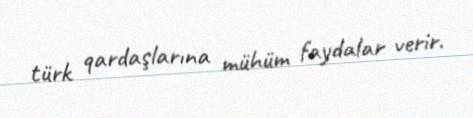
türk qardaşlarına mühüm faydalar verir.